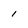
Character: 1